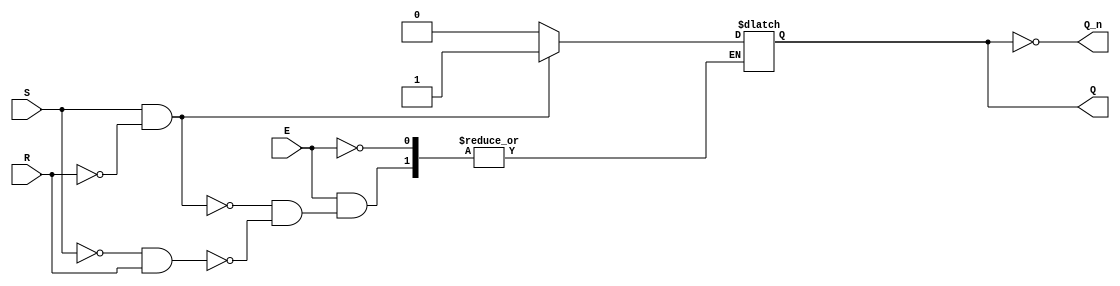
module gated_sr_latch (
    input wire S,      // Set input
    input wire R,      // Reset input
    input wire E,      // Enable input
    output reg Q,      // Primary output
    output wire Q_n    // Complementary output
);

    assign Q_n = ~Q;   // Complement of Q

    always @(S, R, E) begin
        if (E) begin
            if (S && !R) begin
                Q <= 1'b1;    // Set Q to 1
            end else if (!S && R) begin
                Q <= 1'b0;    // Reset Q to 0
            end // If S and R are both 0, retain the previous state
            // If S and R are both 1, this state is considered invalid
        end
        // If E is 0, Q retains its previous state
    end

endmodule